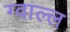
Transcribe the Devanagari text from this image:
ग्वाल्ल